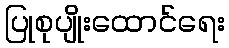
ပြုစုပျိုးထောင်ရေး